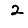
Digit: 2